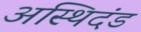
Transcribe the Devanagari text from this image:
अस्थिदंड